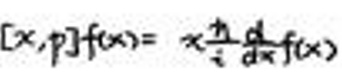
$[x,p]f(x)=x\frac{\hbar}{i}\frac{d}{dx}f(x)$